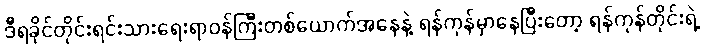
ဒီရခိုင်တိုင်းရင်းသားရေးရာဝန်ကြီးတစ်ယောက်အနေနဲ့ ရန်ကုန်မှာနေပြီးတော့ ရန်ကုန်တိုင်းရဲ့